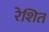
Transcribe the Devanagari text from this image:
रेशित